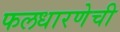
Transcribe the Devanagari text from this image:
फलधारणेची